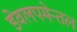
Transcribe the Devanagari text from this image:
डेवलपमेन्तल